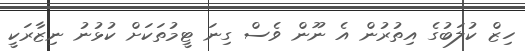
ހިޒް ކުލަބުގެ އިތުރުން އެ ނޫން ވެސް ގިނަ ޓީމުތަކަށް ކުޅުނު ނިޒާރަކީ